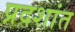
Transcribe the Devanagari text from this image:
प्रदशांत